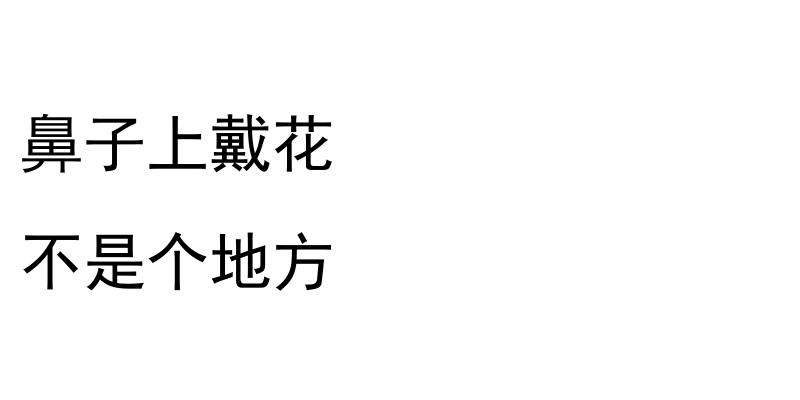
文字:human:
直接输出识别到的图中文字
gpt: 鼻子上戴花 不是个地方